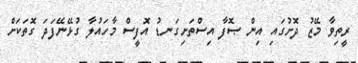
ރީތިވާ މޭޒު ދޮށުގައި އިން ޞޮފާ އިސްތަށިގަނޑު އޮފީސް މާހައުލާ ގުޅޭނޭފަދަ ގޮތަކަށް